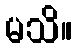
မသိ။